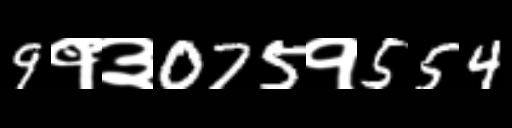
Text: 9१३075१554